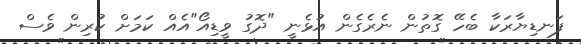
ފަނޑިޔާރަކާ ބެހޭ ގޮތުން ނެރެގެން އުޅެނީ "ދޮގު ވީޑިއޯ"އެއް ކަމަށް ކުރިން ވެސް